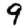
Digit: 9